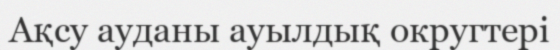
Ақсу ауданы ауылдық округтері